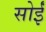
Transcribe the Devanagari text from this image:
सोईं